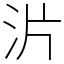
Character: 沜